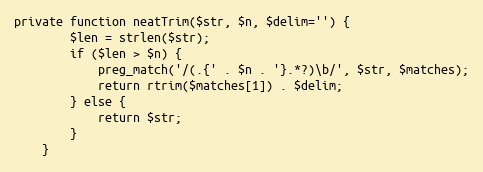
Language: PHP
private function neatTrim($str, $n, $delim='') {
		$len = strlen($str);
		if ($len > $n) {
			preg_match('/(.{' . $n . '}.*?)\b/', $str, $matches);
			return rtrim($matches[1]) . $delim;
		} else {
			return $str;
		}
	}